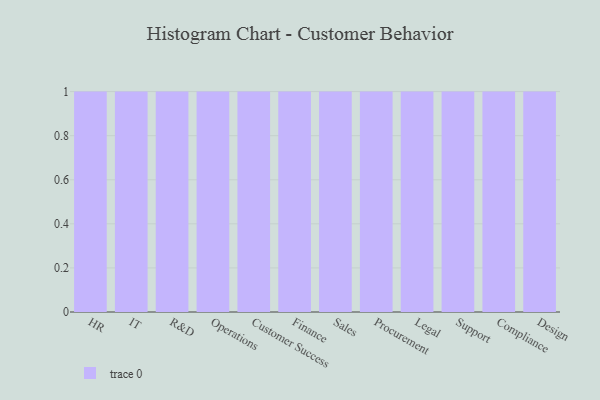
{"axis": {"x": "Department", "y": "Net Income (USD K)"}, "legend": [""], "data": [{"x": "HR", "y": 15, "type": ""}, {"x": "IT", "y": 89, "type": ""}, {"x": "R&D", "y": 77, "type": ""}, {"x": "Operations", "y": 33, "type": ""}, {"x": "Customer Success", "y": 30, "type": ""}, {"x": "Finance", "y": 35, "type": ""}, {"x": "Sales", "y": 59, "type": ""}, {"x": "Procurement", "y": 50, "type": ""}, {"x": "Legal", "y": 39, "type": ""}, {"x": "Support", "y": 8, "type": ""}, {"x": "Compliance", "y": 44, "type": ""}, {"x": "Design", "y": 74, "type": ""}]}